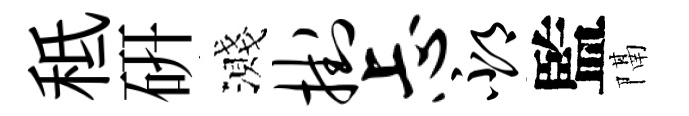
秪硏濺挂忐邳監隔